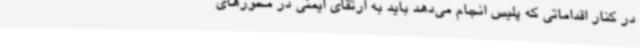
در کنار اقداماتی که پلیس انجام می‌دهد باید به ارتقای ایمنی در محورهای